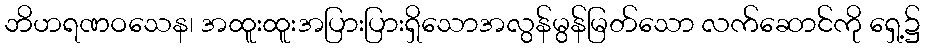
ဘိဟရဏဝသေန၊ အထူးထူးအပြားပြားရှိသောအလွန်မွန်မြတ်သော လက်ဆောင်ကို ရှေ့၌